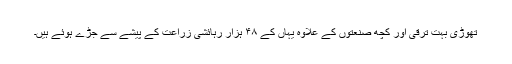
تھوڑی بہت ترقی اور کچھ صنعتوں کے علاوہ یہاں کے ۴۸ ہزار رہائشی زراعت کے پیشے سے جڑے ہوئے ہیں۔